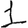
Digit: 1